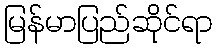
မြန်မာပြည်ဆိုင်ရာ